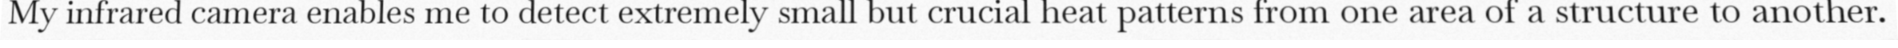
My infrared camera enables me to detect extremely small but crucial heat patterns from one area of a structure to another.